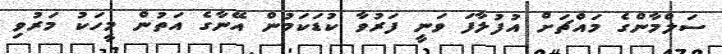
ސަލްމާންގެ މައްޗަށް އުފުލާފަ ވަނީ ފަރުވާ ކުޑަކަމުން އޭނާގެ އަތުން މީހަކު މަރުވި